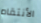
الأنتقام